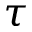
\boldsymbol \tau